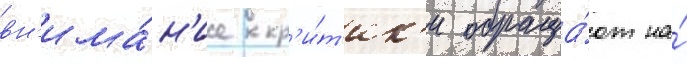
вн'има́н'ие кр'и́т'ик'и обраща́ют на́